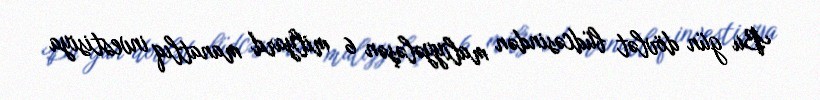
Bu gün dövlət büdcəsindən maliyyələşən 6 milyard manatlıq investisiya